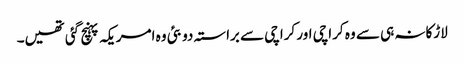
لاڑکانہ ہی سے وہ کراچی اور کراچی سے براستہ دوبئی وہ امریکہ پہنچ گئی تھیں۔